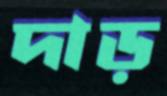
দাড়